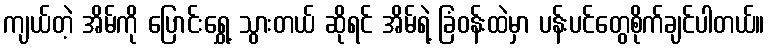
ကျယ်တဲ့ အိမ်ကို ပြောင်းရွှေ့ သွားတယ် ဆိုရင် အိမ်ရဲ့ ခြံဝန်းထဲမှာ ပန်းပင်တွေစိုက်ချင်ပါတယ်။